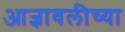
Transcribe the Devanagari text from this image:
आज्ञावलीच्या